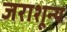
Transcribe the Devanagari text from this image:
जराशून्य